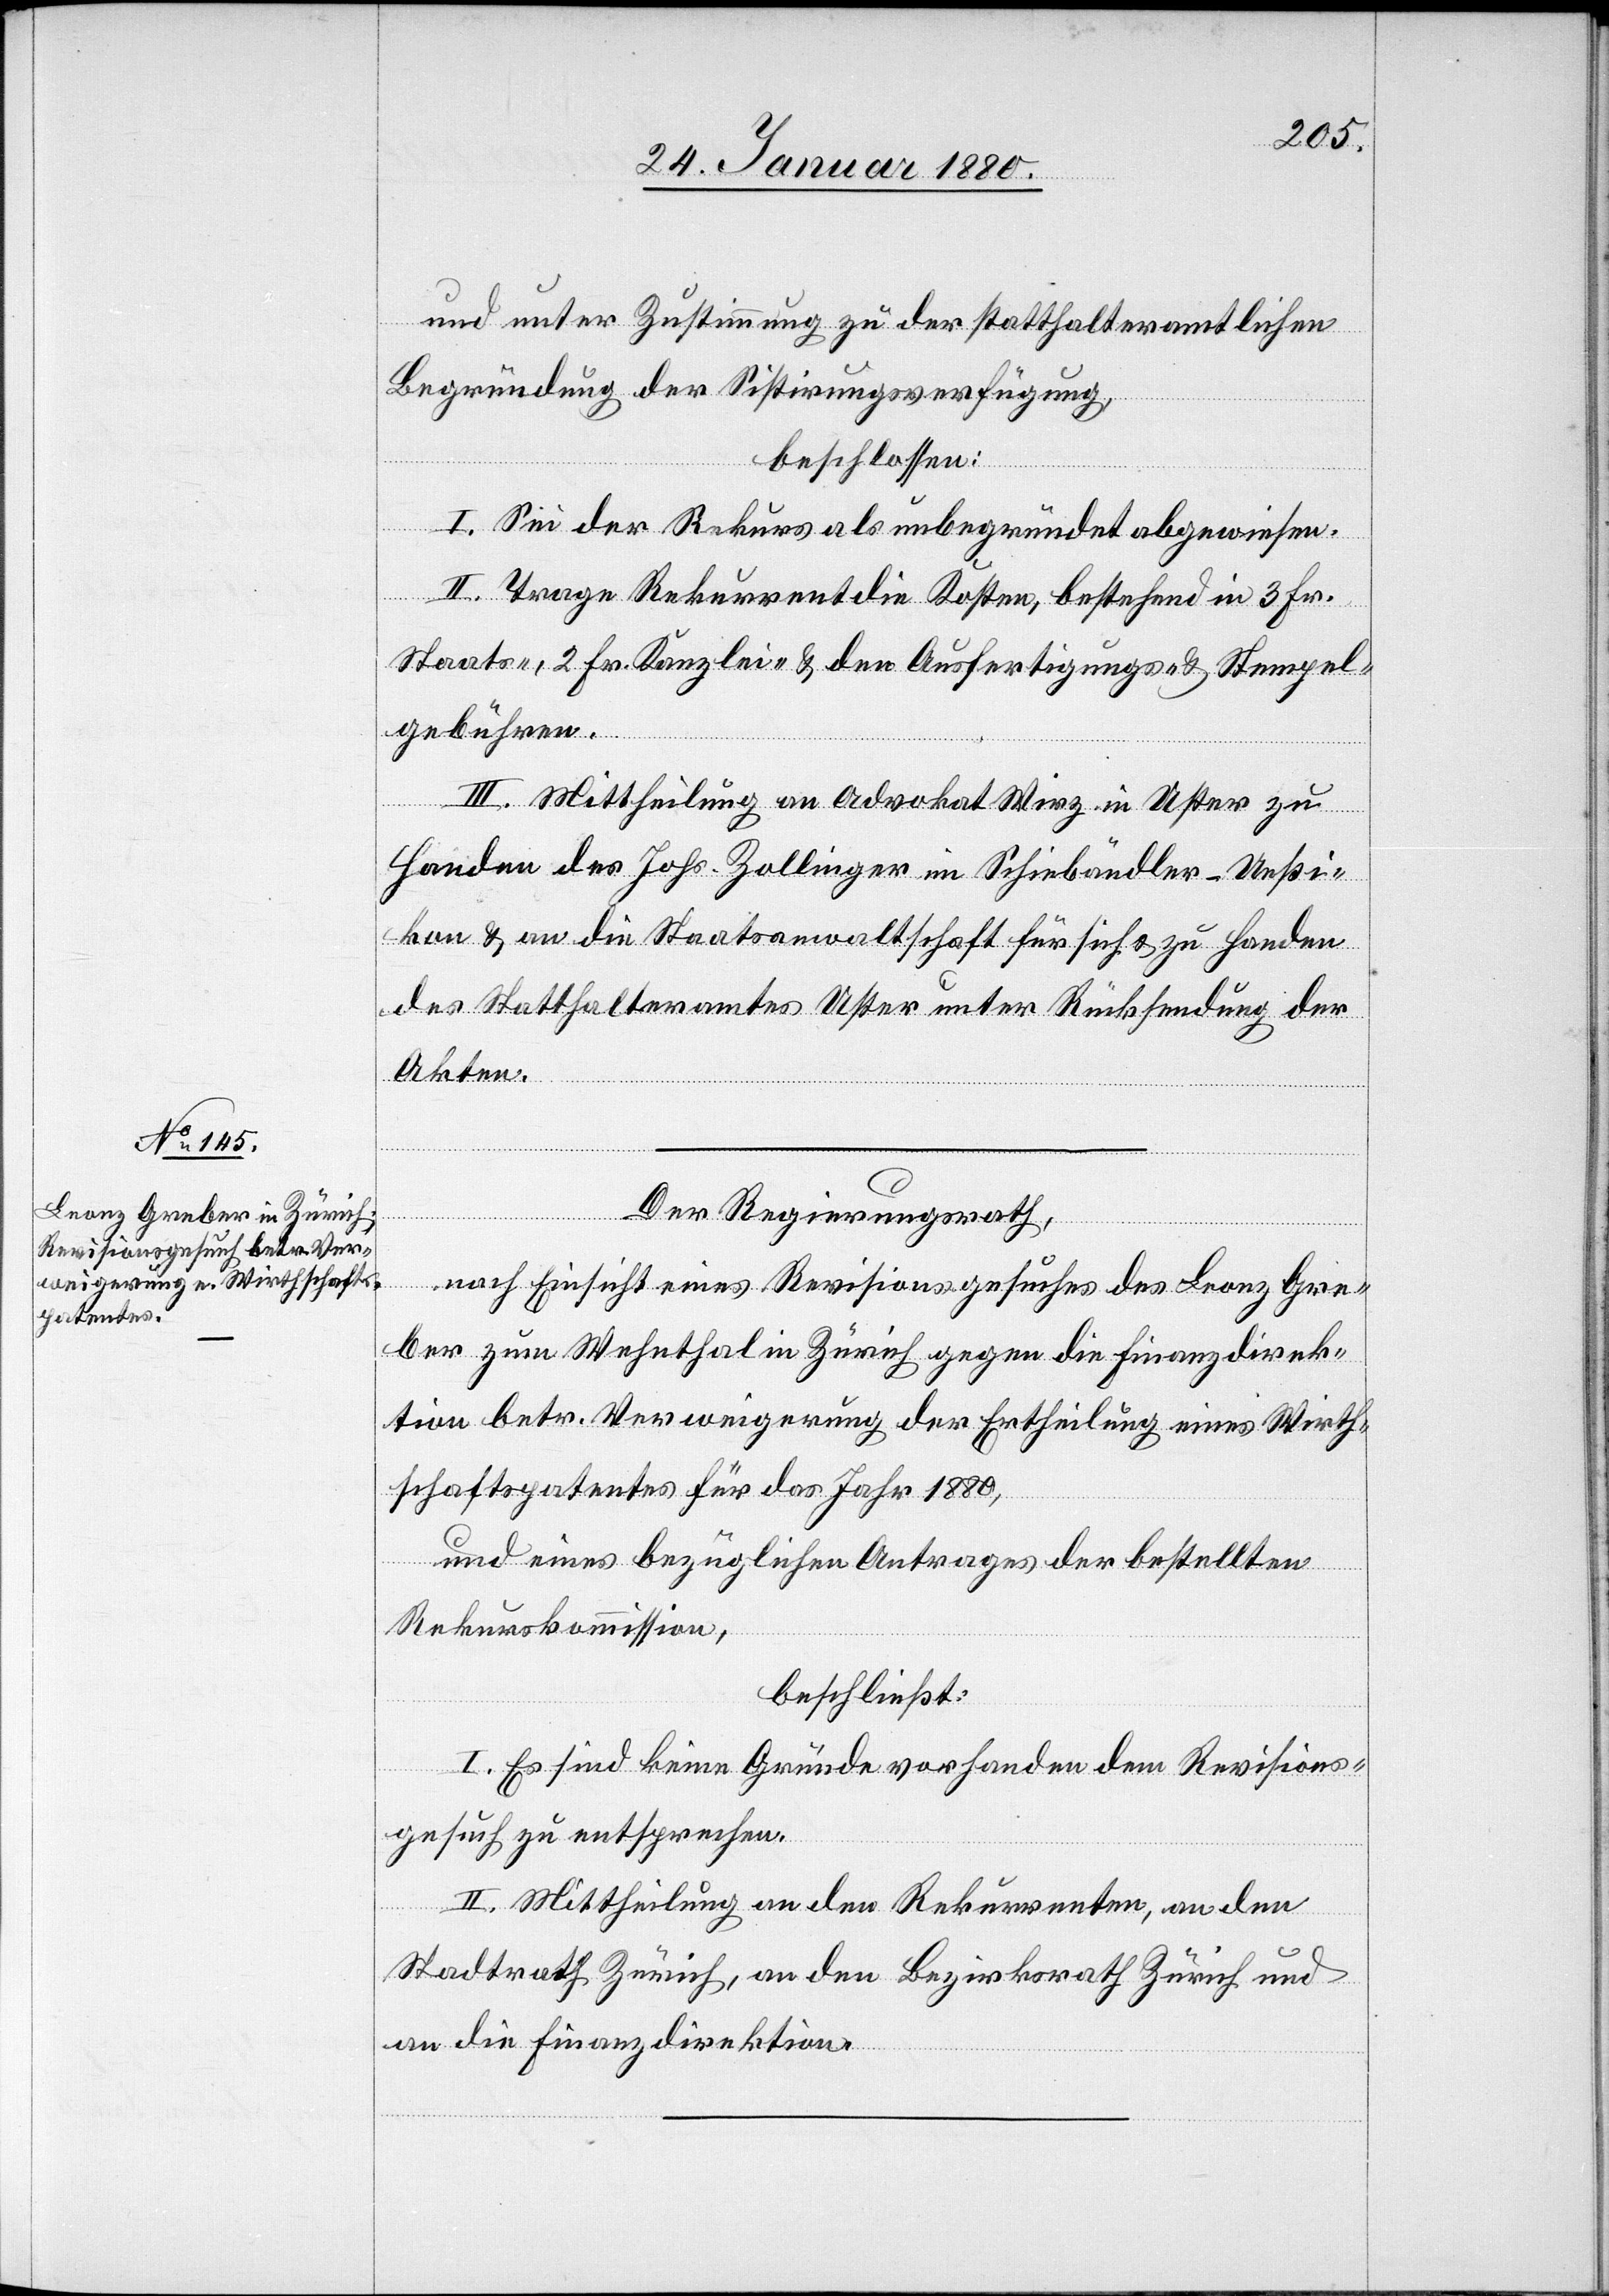
und unter Zustimmung zu der statthalteramtlichen
Begründung der Sistirungsverfügung,
beschlossen:
I. Sei der Rekurs als unbegründet abgewiesen.
II. Trage Rekurrent die Kosten, bestehend in 3 Fr.
Staats-, 2 Fr. Kanzlei- & den Ausfertigungs- & Stempel¬
gebühren.
kon
III. Mittheilung an Advokat Wirz in Uster zu
Handen des Johs. Zollinger in Schiebändler - Ueßi¬
c!] & an die Staatsanwaltschaft für sich & zu Handen
des Statthalteramtes Uster unter Rücksendung der
Akten.
[si¬
Der Regierungsrath;
nach Einsicht eines Revisionsgesuches des Leonz Gre¬
ber zum Wehnthal in Zürich gegen die Finanzdirek¬
tion betr. Verweigerung der Ertheilung eines Wirth¬
schaftspatentes für das Jahr 1880,
und eines bezüglichen Antrages der bestellten
Rekurskommission,
beschließt:
I. Es sind keine Gründe vorhanden dem Revisions¬
gesuch zu entsprechen.
II. Mittheilung an den Rekurrenten, an den
Stadtrath Zürich, an den Bezirksrath Zürich und
an die Finanzdirektion.